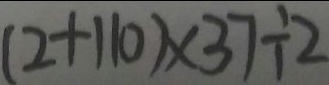
( 2 + 1 1 0 ) \times 3 7 \div 2